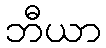
ဘီယာ